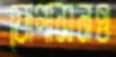
যোগাসনও